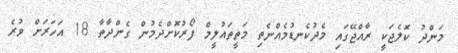
މަންދު ކޮލެޖަކީ ރާއްޖޭގައި މެދުކެނޑުމެއްނެތި މަތީތައުލީމް ފޯރުކޮށްދެމުން ގެންދާތާ 18 އަހަރަށް ވުރެ